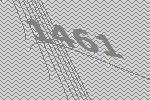
1461